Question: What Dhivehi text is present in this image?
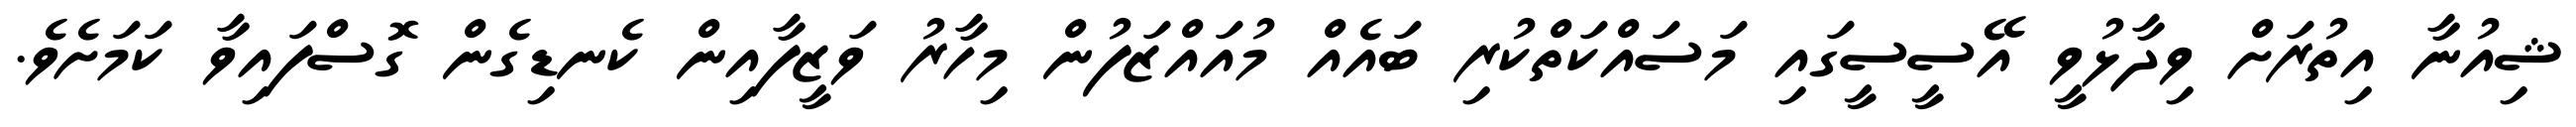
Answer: ޝިއުނާ އިތުރަށް ވިދާޅުވީ އޭސީސީގައި މަސައްކަތްކުރި ބައެއް މުއައްޒަފުން މިހާރު ވަޒީފާއިން ކެނޑިގެން ގޮސްފައިވާ ކަމަށެވެ.